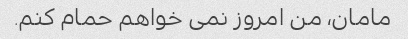
مامان، من امروز نمی خواهم حمام کنم.